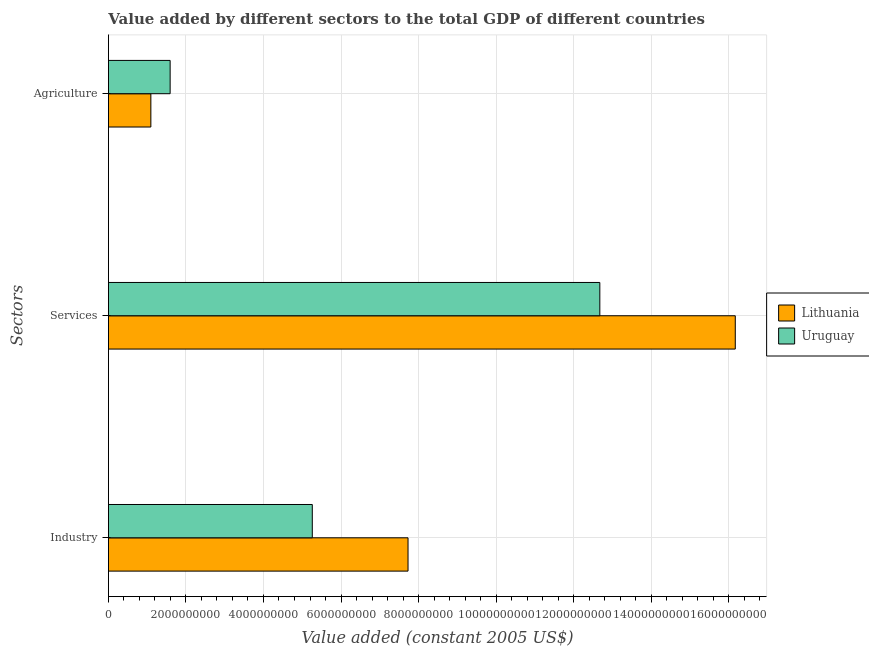
| Sectors | Lithuania | Uruguay |
 | --- | --- | --- |
 | Industry | 7.73e+09 | 5.26e+09 |
 | Services | 1.62e+10 | 1.27e+10 |
 | Agriculture | 1.09e+09 | 1.59e+09 |